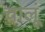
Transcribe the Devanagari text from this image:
चालूं